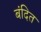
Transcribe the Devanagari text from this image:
बंदित